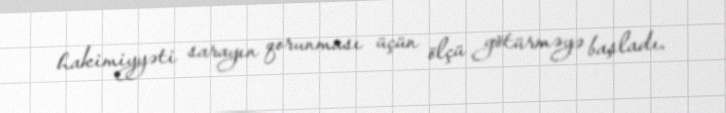
hakimiyyəti sarayın qorunması üçün ölçü götürməyə başladı.